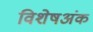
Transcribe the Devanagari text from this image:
विशेषअंक